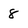
Character: 8